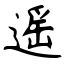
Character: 遥